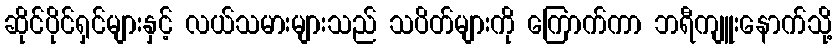
ဆိုင်ပိုင်ရှင်များနှင့် လယ်သမားများသည် သပိတ်များကို ကြောက်ကာ ဘရီကျူးနောက်သို့